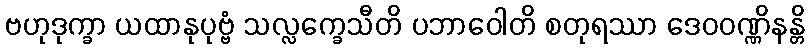
ဗဟုဒုက္ခာ ယထာနုပုဗ္ဗံ သလ္လက္ခေသီတိ ပဘာဝေါတိ စတုရဿာ ဒေဝဝဏ္ဏိနန္တိ